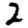
Digit: 2